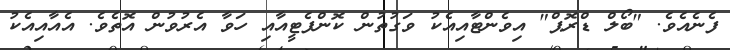
ފެނެއެވެ. "ބޯލް ޑްރޮޕް" އިވެންޓާއިއެކު ވަގުތުން ކޮންފެޓީއާއި ހަވާ އެރުވުން އޮތެވެ. އެއާއިއެކު